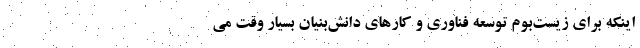
اینکه برای زیست‌بوم توسعه فناوری و کارهای دانش‌بنیان بسیار وقت می